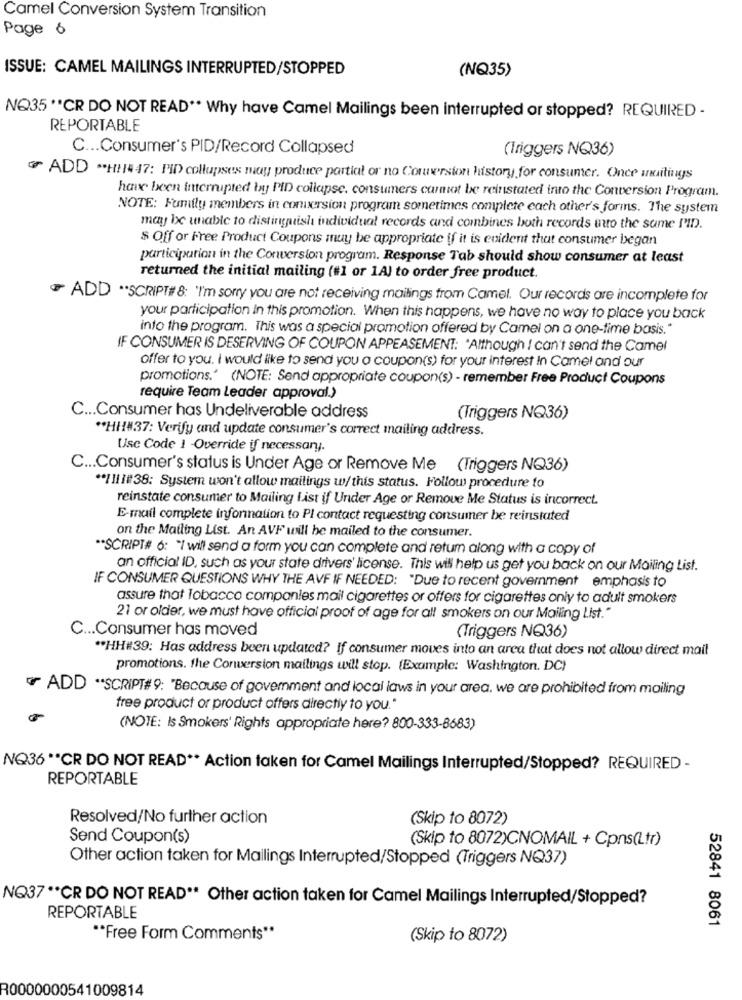
Camel Conversion System Transition
Page 6
ISSUE: CAMEL MAILINGS INTERRUPTED/STOPPED
(NQ35)
NQ35''CR DO NOT READ ** Why have Camel Mailings been interrupted or stopped? REQUIRED -
REPORTABLE
C ... Consumer's PID/Record Collapsed
(Triggers NQ36)
have been interrupted bay PID collapse, consumers cannot be reinstated into the Conversion Program.
NOTE: Family members in conversion program sometimes complete each other's forms. The system
may be unable to distinguish individual records and combines both records utto the same PID.
$ Off or Free Product Coupons muy be appropriate if it is evident that consumer began
participation in the Conversion program. Response Tab should show consumer at least
returned the initial mailing (#1 or 1A) to order free product.
ADD ** SCRIPT#8: "I'm sorry you are not receiving mailings from Camel. Our records are incomplete for
your participation in this promotion. When this happens, we have no way to place you back
into the program. This was a special promotion offered by Camel on a one-time basis."
IF CONSUMER IS DESERVING OF COUPON APPEASEMENT: 'Although I can't send the Camel
offer to you. I would like to send you o coupon(s) for your interest In Camel and our
promotions.' (NOTE: Send appropriate coupon(s) - remember Free Product Coupons
require Team Leader approval.)
C ... Consumer has Undeliverable address
(Triggers NQ36)
** HH#37: Verify and update consumer's correct mailing address.
Usc Code 1 Override if necessary.
C ... Consumer's status is Under Age or Remove Me (Triggers NQ36)
** / 11 /#38; System won't allow mailings w/this status. Follow procedure to
reinstate consumer to Mailing List if Under Age or Remove Me Status is incorrect.
E-mail complete information to PI contact requesting consumer be reinstated
on the Mailing List. An AVF will be mailed to the consumer.
** SCRIPT# 6: "I will send a form you can complete and retum along with a copy of
an official ID, such as your state drivers' license. This will help us get you back on our Mailing List.
IF CONSUMER QUESTIONS WHY THE AVF IF NEEDED: "Due to recent government emphasis to
assure that Tobacco companies mail cigarettes or offers for cigarettes only to adult smokers
21 or older, we must have official proof of age for all smokers on our Mailing List."
C ... Consumer has moved
(Triggers NQ36)
** HH#39: Has address been updated? If consumer moves into an arca that does not allow direct mail
promotions. the Conversion mailings will stop. (Example: Washington, DC)
or ADD ** SCRIPT# 9: "Because of government and local laws in your area. we are prohibited from mailing
free product or product offers directly to you."
(NOTE: Is Smokers' Rights appropriate here? 800-333-8683)
NQ36 ** CR DO NOT READ ** Action taken for Camel Mailings Interrupted/Stopped? REQUIRED -
REPORTABLE
Resolved/No further action
(Skip to 8072)
Send Coupon(s)
(Skip to 8072)CNOMAIL + Cpns(Ltr)
Other action taken for Mailings Interrupted/Stopped (Triggers NQ37)
NQ37 ** CR DO NOT READ ** Other action taken for Camel Mailings Interrupted/Stopped?
REPORTABLE
52841 8061
"*Free Form Comments"
(Skip to 8072)
R0000000541009814